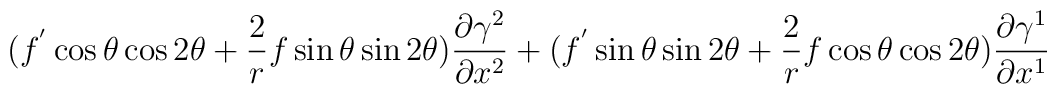
(f^{'}\cos \theta \cos 2 \theta   + \frac{2}{r} f \sin \theta \sin2 \theta) \frac{\partial \gamma^2}{\partial x^2} +(f^{'}\sin\theta \sin 2 \theta   + \frac{2}{r} f \cos \theta \cos 2 \theta)\frac{\partial \gamma^1}{\partial x^1}